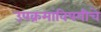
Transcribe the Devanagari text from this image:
उपक्रमांविषयीचे